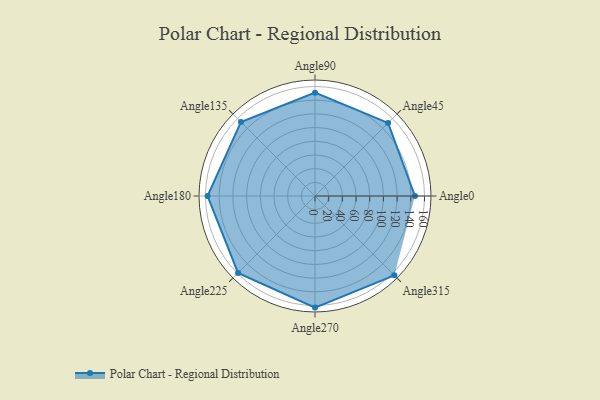
{"axis": {"x": "Angle", "y": "Radius"}, "legend": [""], "data": [{"x": "Angle0", "y": 146.0, "type": ""}, {"x": "Angle45", "y": 151.0, "type": ""}, {"x": "Angle90", "y": 151.0, "type": ""}, {"x": "Angle135", "y": 153.0, "type": ""}, {"x": "Angle180", "y": 157.0, "type": ""}, {"x": "Angle225", "y": 159.0, "type": ""}, {"x": "Angle270", "y": 163.0, "type": ""}, {"x": "Angle315", "y": 164.0, "type": ""}]}